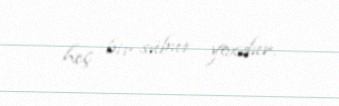
heç bir sübut yoxdur.